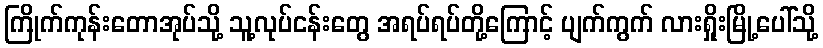
ကြိုက်ကုန်းတောအုပ်သို့ သူ့လုပ်ငန်းတွေ အရပ်ရပ်တို့ကြောင့် ပျက်ကွက် လားရှိုးမြို့ပေါ်သို့